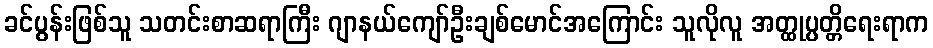
ခင်ပွန်းဖြစ်သူ သတင်းစာဆရာကြီး ဂျာနယ်ကျော်ဦးချစ်မောင်အကြောင်း သူလိုလူ အတ္ထုပ္ပတ္တိရေးရာက